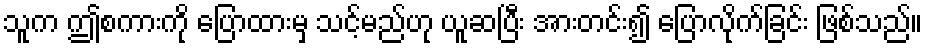
သူက ဤစကားကို ပြောထားမှ သင့်မည်ဟု ယူဆပြီး အားတင်း၍ ပြောလိုက်ခြင်း ဖြစ်သည်။